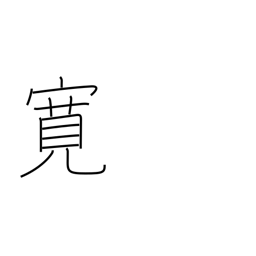
Meaning: broadminded